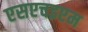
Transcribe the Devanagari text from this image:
एसएचइएम